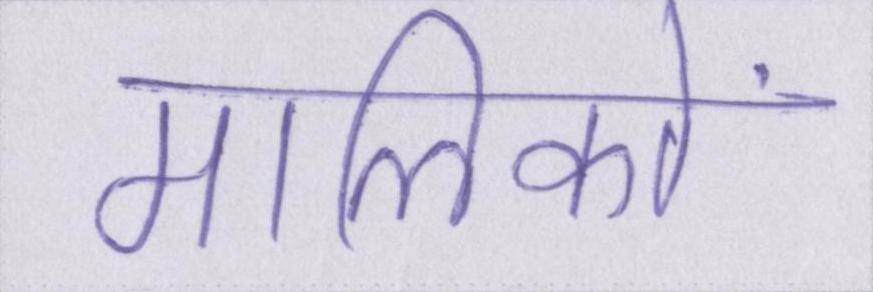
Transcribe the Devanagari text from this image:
मालिकों